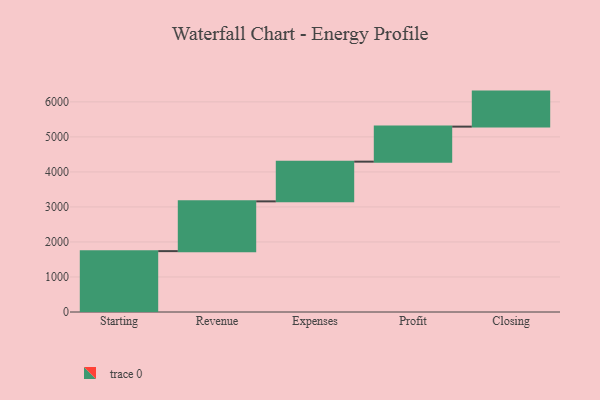
{"axis": {"x": "Step", "y": "Value"}, "legend": [""], "data": [{"x": "Starting", "y": 1738.0, "type": ""}, {"x": "Revenue", "y": 1421.0, "type": ""}, {"x": "Expenses", "y": 1134.0, "type": ""}, {"x": "Profit", "y": 1000, "type": ""}, {"x": "Closing", "y": 1000, "type": ""}]}